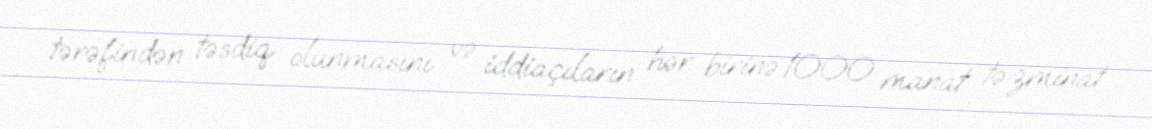
tərəfindən təsdiq olunmasını və iddiaçıların hər birinə 1000 manat təzminat